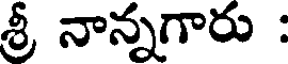
శ్రీ నాన్నగారు :